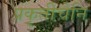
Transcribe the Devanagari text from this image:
प्रकृतीचेनि